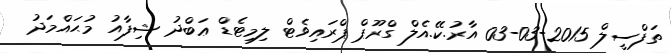
ތަފްސީލް 2015-03-03 އާރު.ކޭ.އެލް ގްރޫޕް ޕްރައިވެޓް ލިމިޓެޑް ޢަބްދު ޝިފާއު މުޙައްމަދު